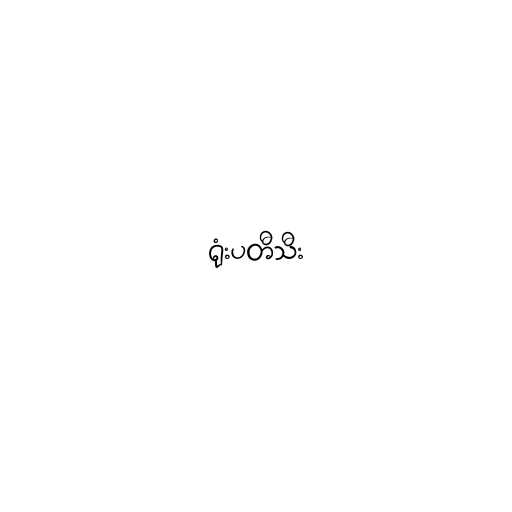
ရုံးပတီသီး